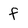
Character: f